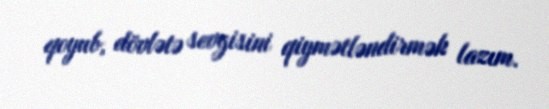
qoyub, dövlətə sevgisini qiymətləndirmək lazım.